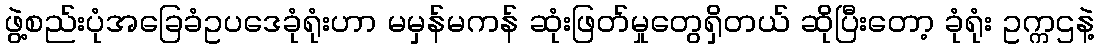
ဖွဲ့စည်းပုံအခြေခံဥပဒေခုံရုံးဟာ မမှန်မကန် ဆုံးဖြတ်မှုတွေရှိတယ် ဆိုပြီးတော့ ခုံရုံး ဥက္ကဌနဲ့